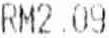
RM2.09